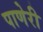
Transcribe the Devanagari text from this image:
पाणेरी